Vital statistics of India. Vol. V, Reports of 1876 on armies & jails and on epidemic cholera
Year: 1876
Disease focus: Cholera
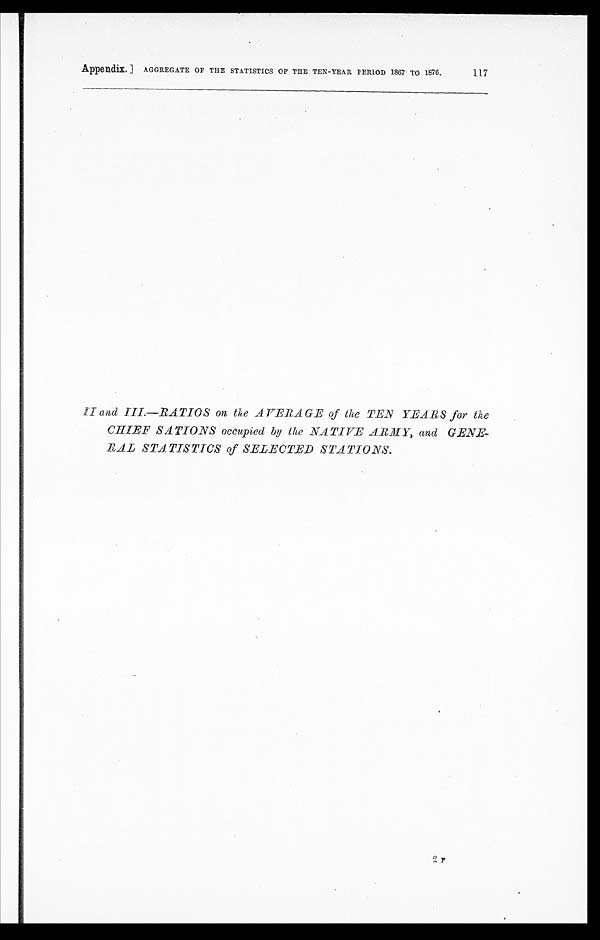
Appendix.] AGGREGATE OF THE STATISTICS OF THE TEN-YEAR PERIOD 1867 TO 1876.
117
I I a n d I I I . — R A T I O S o n t h e A V E R A G E o f t h e T E N Y E A R S f o r t h e
CHIEF SATIONS occupied by the NATIVE ARMY, and GENE
-RAL STATISTICS of SELECTED STATIONS.
2 F